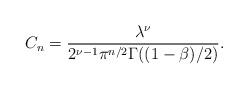
LaTeX: \begin{align*}C_n=\frac{\lambda^{\nu}}{2^{\nu-1}\pi^{n/2}\Gamma((1-\beta)/2)}.\end{align*}